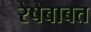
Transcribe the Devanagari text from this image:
रेषेबाबत